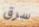
سرق